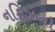
નફિઝનો